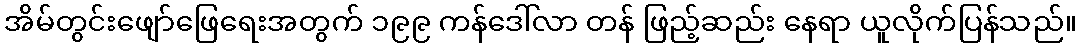
အိမ်တွင်းဖျော်ဖြေရေးအတွက် ၁၉၉ ကန်ဒေါ်လာ တန် ဖြည့်ဆည်း နေရာ ယူလိုက်ပြန်သည်။